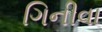
ગિનીવા